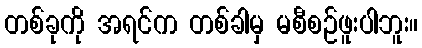
တစ်ခုကို အရင်က တစ်ခါမှ မစီစဉ်ဖူးပါဘူး။